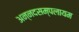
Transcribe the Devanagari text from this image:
अन्नदसम्पलायम